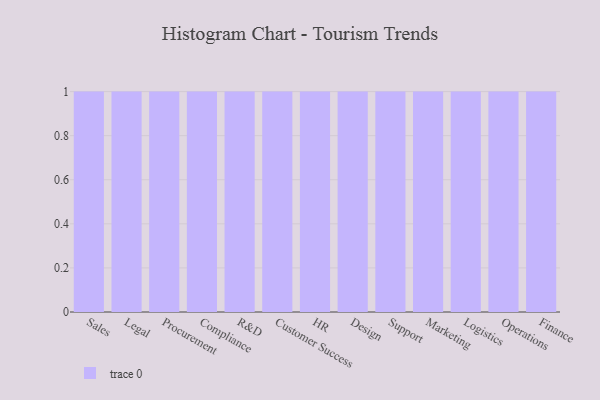
{"axis": {"x": "Department", "y": "Website Visitors"}, "legend": [""], "data": [{"x": "Sales", "y": 95, "type": ""}, {"x": "Legal", "y": 69, "type": ""}, {"x": "Procurement", "y": 68, "type": ""}, {"x": "Compliance", "y": 55, "type": ""}, {"x": "R&D", "y": 47, "type": ""}, {"x": "Customer Success", "y": 98, "type": ""}, {"x": "HR", "y": 98, "type": ""}, {"x": "Design", "y": 87, "type": ""}, {"x": "Support", "y": 9, "type": ""}, {"x": "Marketing", "y": 47, "type": ""}, {"x": "Logistics", "y": 81, "type": ""}, {"x": "Operations", "y": 86, "type": ""}, {"x": "Finance", "y": 21, "type": ""}]}